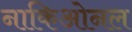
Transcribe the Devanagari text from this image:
नाकिओनल